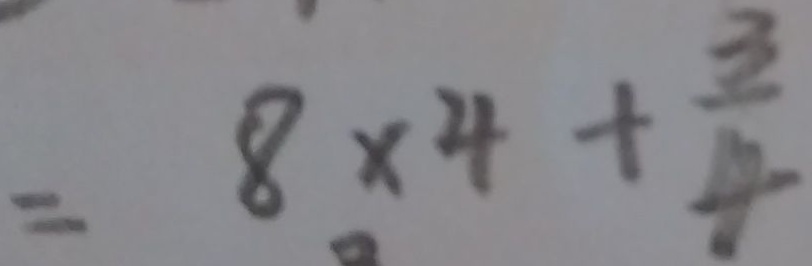
= 8 \times 4 + \frac { 3 } { 4 }